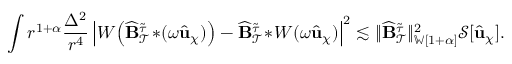
\int r ^ { 1 + \alpha } \frac { \Delta ^ { 2 } } { r ^ { 4 } } \left| W \! \left( \widehat { \mathbf { B } } _ { \mathcal { T } } ^ { \widetilde { \tau } } \! * \! ( \omega \widehat { \mathbf { u } } _ { \chi } ) \right) - \widehat { \mathbf { B } } _ { \mathcal { T } } ^ { \widetilde { \tau } } \! * \! W ( \omega \widehat { \mathbf { u } } _ { \chi } ) \right| ^ { 2 } \lesssim \lVert \widehat { \mathbf { B } } _ { \mathcal { T } } ^ { \widetilde { \tau } } \rVert _ { { \mathbb { W } [ { 1 + \alpha } ] } } ^ { 2 } \mathcal { S } [ \widehat { \mathbf { u } } _ { \chi } ] .